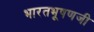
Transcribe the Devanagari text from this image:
भारतभूषणजी